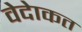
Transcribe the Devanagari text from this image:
वेदेाकत